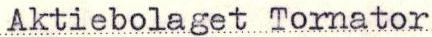
Aktiebolaget Tornator